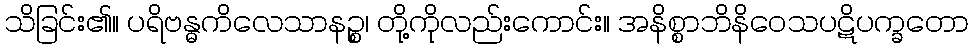
သိခြင်း၏။ ပရိဗန္ဓကိလေသာနဉ္စ၊ တို့ကိုလည်းကောင်း။ အနိစ္စာဘိနိဝေသပဋိပက္ခတော